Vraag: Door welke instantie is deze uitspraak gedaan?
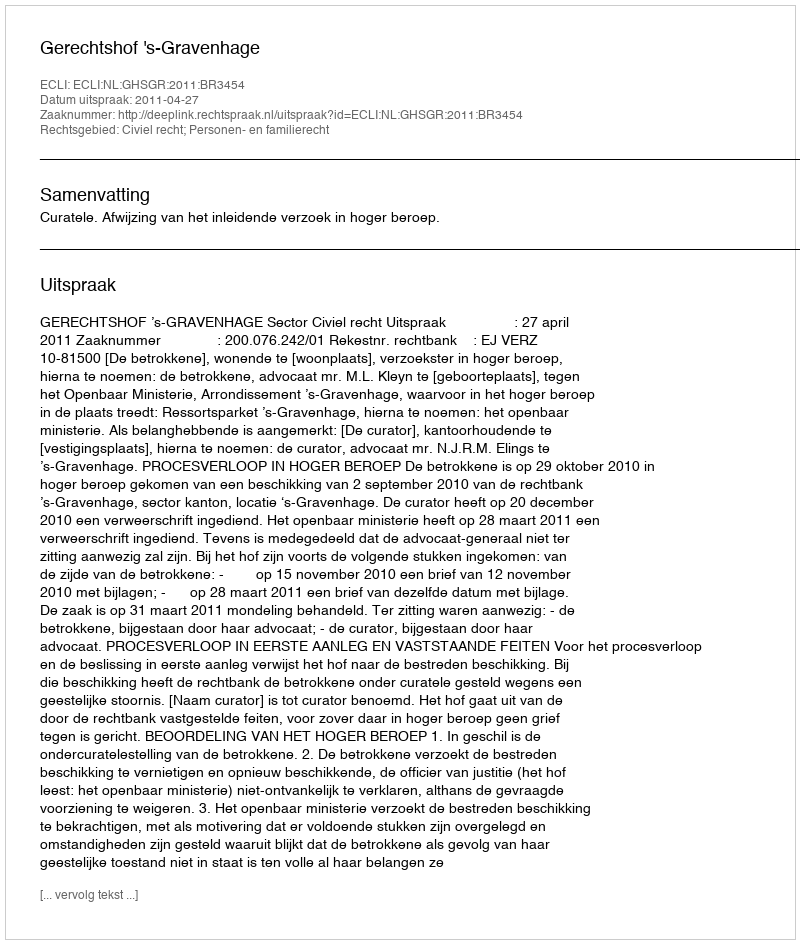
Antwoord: Gerechtshof 's-Gravenhage